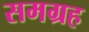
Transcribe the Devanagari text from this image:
समग्रह